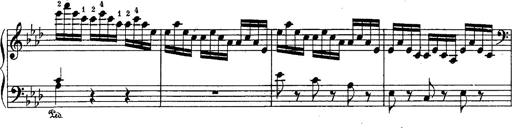
Title: Schubert's Impromptus [revised and edited by Franz Liszt]
Composer: Franz Liszt